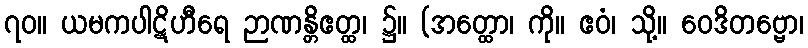
၇၀။ ယမကပါဋိဟီရေ ဉာဏန္တိဧတ္ထ၊ ၌။ (အတ္ထော၊ ကို။ ဧဝံ၊ သို့။ ဝေဒိတဗ္ဗော၊